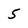
Character: 5